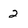
Character: 2